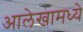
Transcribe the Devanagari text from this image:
आलेखामध्ये